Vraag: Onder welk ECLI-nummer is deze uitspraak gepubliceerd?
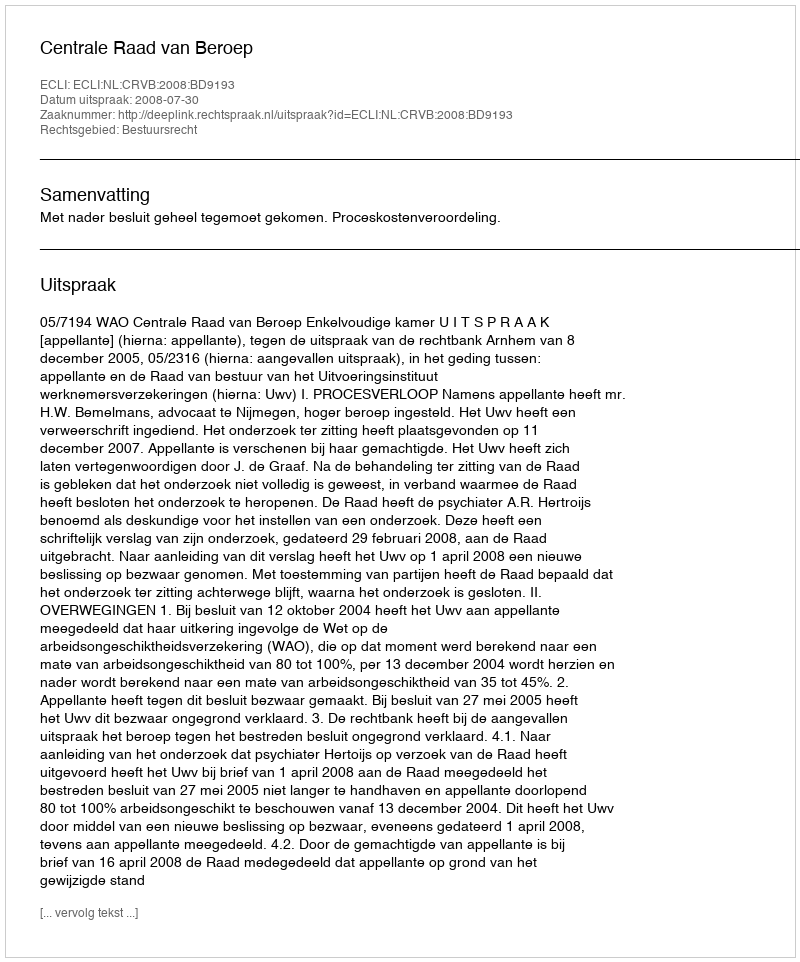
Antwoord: ECLI:NL:CRVB:2008:BD9193